Annual report on the mental hospital in the Central Provinces and Berar (Nagpur) - 1927-1951
Year: 1927
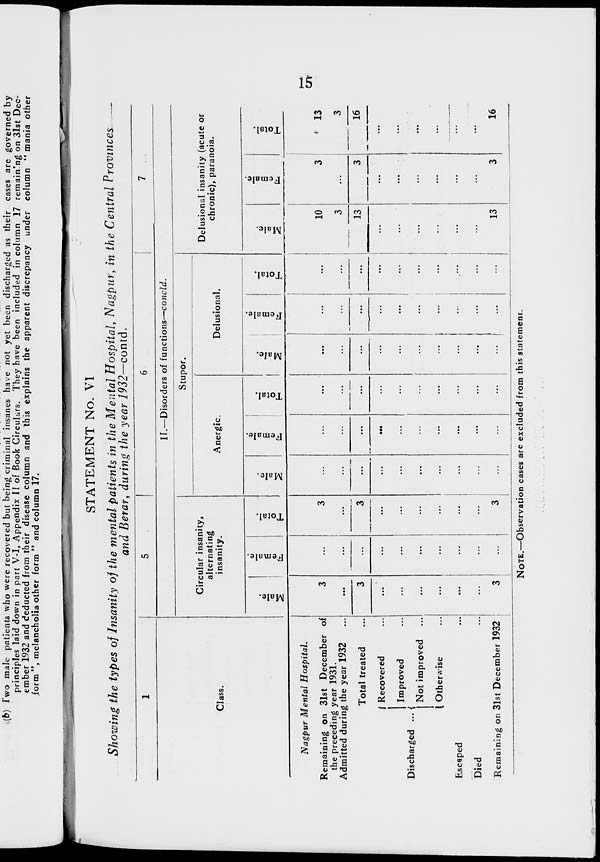
15
STATEMENT No. VI
Showing the types of Insanity of the mental patients in the Mental Hospital, Nagpur, in the Central Provinces —
and Berar, during the year 1932—contd.
1
Class.
Nagpur Mental
Hospital.
Remaining on 31st December of
the preceding year 1931.
Admitted during the year 1932 ...
Total treated ...
Discharged ...
Recovered ...
Improved ...
Not improved ...
Otherwise ...
Escaped ...
Died ...
Remaining on 3lst December 1932
5
6
7
II.—Disorders of functions—concld.
Circular insanity,
alternating
insanity.
Male.
3
...
3
...
...
...
...
...
...
3
Female.
...
...
...
...
...
...
...
...
...
...
Total.
3
...
3
...
...
...
...
...
...
3
Stupor.
Anergic.
Male.
...
...
...
...
...
...
...
...
...
...
Female.
...
...
...
...
...
...
...
...
...
...
Total.
...
...
...
...
...
...
...
...
...
...
Delusional.
Male.
...
...
...
...
...
...
...
...
...
...
Female.
...
...
...
...
...
...
...
...
...
...
Total.
...
...
...
...
...
...
...
...
...
...
Delusional insanity (acute or
chronic), paranoia.
Male.
10
3
13
...
...
...
...
...
...
13
Female.
3
...
3
...
...
...
...
...
...
3
Total.
13
3
16
...
...
...
...
...
...
16
NOTE.—Observation cases are excluded from this statement.